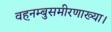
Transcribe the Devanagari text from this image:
वह़नम्‍बुसमीरणाख्‍या।